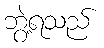
ဘွဲ့ရသည်